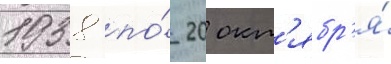
1938 по́ 20 окт'ябр'я́